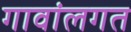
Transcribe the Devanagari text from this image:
गावांलगत